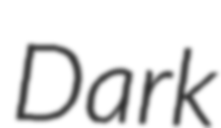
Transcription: Dark